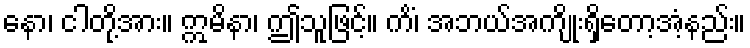
နော၊ ငါတို့အား။ ဣမိနာ၊ ဤသူဖြင့်။ ကိံ၊ အဘယ်အကျိုးရှိတော့အံ့နည်း။